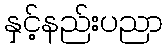
နှင့်နည်းပညာ